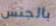
بالجنس